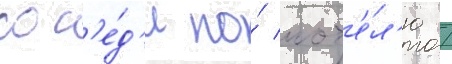
сос'е́д'и по́ мот'е́л'ю /